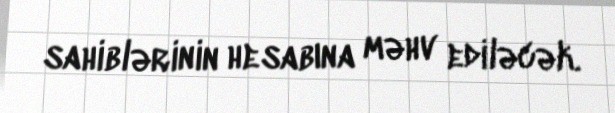
sahiblərinin hesabına məhv ediləcək.